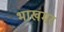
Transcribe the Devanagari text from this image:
भाखमर